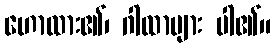
ဟောထား၏၊ ဂါထာများ ပါ၏။